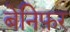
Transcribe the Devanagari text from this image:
बेनिफ़र